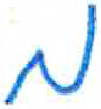
אות: מ